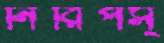
নিরিপস্